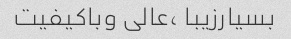
بسیارزیبا ،عالی وباکیفیت